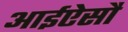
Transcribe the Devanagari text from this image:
आईऐसौ